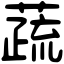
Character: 蔬